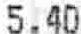
5.40